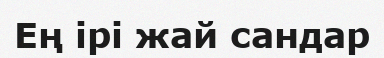
Ең ірі жай сандар